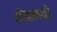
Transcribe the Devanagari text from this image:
ऑइलची